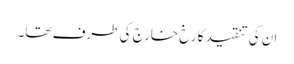
ان کی تنقید کا رخ خارج کی طرف تھا۔